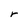
Character: r